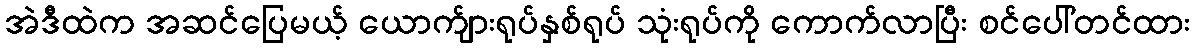
အဲဒီထဲက အဆင်ပြေမယ့် ယောက်ျားရုပ်နှစ်ရုပ် သုံးရုပ်ကို ကောက်လာပြီး စင်ပေါ်တင်ထား